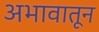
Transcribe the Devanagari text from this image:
अभावातून